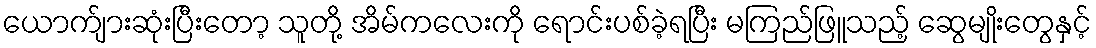
ယောက်ျားဆုံးပြီးတော့ သူတို့ အိမ်ကလေးကို ရောင်းပစ်ခဲ့ရပြီး မကြည်ဖြူသည့် ဆွေမျိုးတွေနှင့်